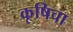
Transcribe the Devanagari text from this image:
कृषिचा